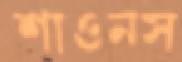
শাওনস